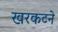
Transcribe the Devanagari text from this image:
खरकटने